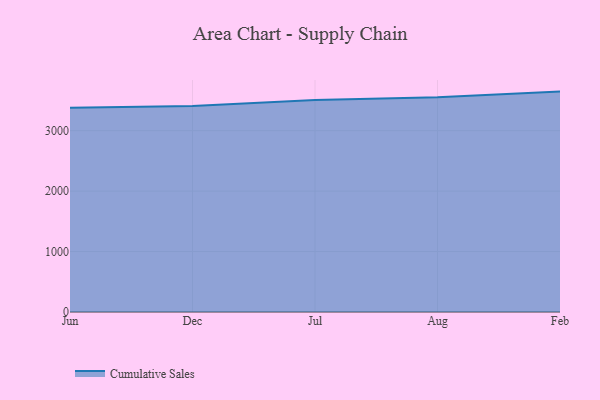
{"axis": {"x": "Month", "y": "Churn Rate (%)"}, "legend": ["Cumulative Sales"], "data": [{"x": "Jun", "y": 3378.3, "type": "Cumulative Sales"}, {"x": "Dec", "y": 3409.8, "type": "Cumulative Sales"}, {"x": "Jul", "y": 3507.0, "type": "Cumulative Sales"}, {"x": "Aug", "y": 3552.3, "type": "Cumulative Sales"}, {"x": "Feb", "y": 3646.7, "type": "Cumulative Sales"}]}